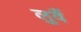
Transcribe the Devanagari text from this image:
लुवैं